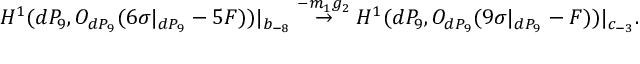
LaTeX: H ^ { 1 } ( d P _ { 9 } , { \cal O } _ { d P _ { 9 } } ( 6 \sigma | _ { d P _ { 9 } } - 5 F ) ) | _ { b _ { - 8 } } \stackrel { - m _ { 1 } g _ { 2 } } { \rightarrow } H ^ { 1 } ( d P _ { 9 } , { \cal O } _ { d P _ { 9 } } ( 9 \sigma | _ { d P _ { 9 } } - F ) ) | _ { c _ { - 3 } } .